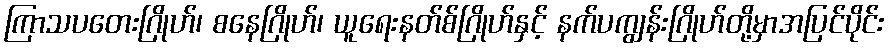
ကြာသပတေးဂြိုဟ်၊ စနေဂြိုဟ်၊ ယူရေးနတ်စ်ဂြိုဟ်နှင့် နက်ပကျွန်းဂြိုဟ်တို့မှာအပြင်ပိုင်း